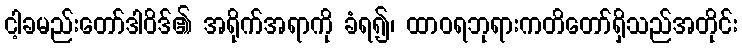
ငါ့ခမည်းတော်ဒါဝိဒ်၏ အရိုက်အရာကို ခံရ၍၊ ထာဝရဘုရားကတိတော်ရှိသည်အတိုင်း